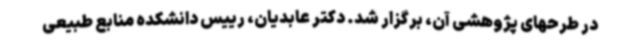
در طرحهای پژوهشی آن، برگزار شد. دکتر عابدیان، رییس دانشکده منابع طبیعی